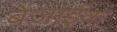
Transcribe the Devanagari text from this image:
बेंज़ाईक